Indian journal of veterinary science and animal husbandry - Volumes 26-27, 1956-1957
Year: 1956
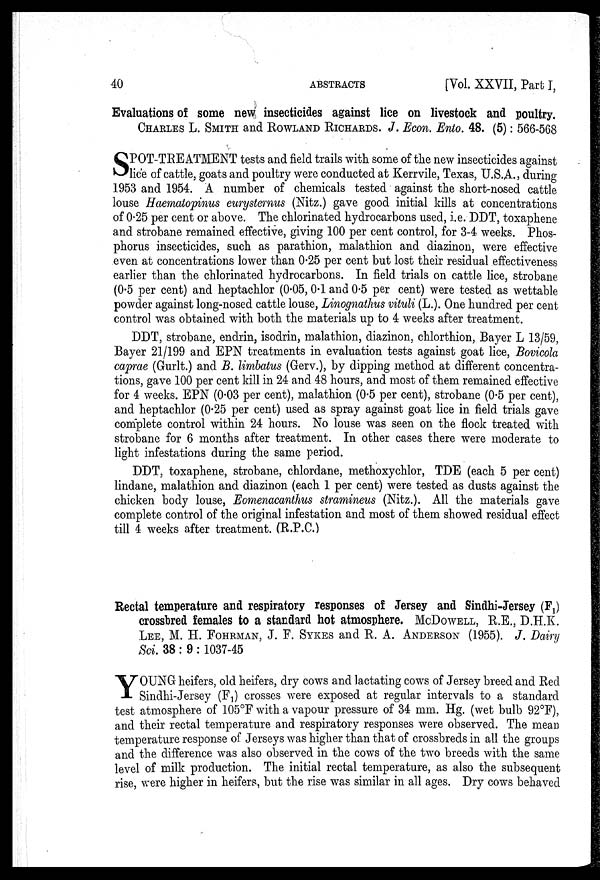
40
ABSTRACTS
[Vol. XXVII, Part I,
Evaluations of some new insecticides against lice on livestock and poultry.
CHARLES L. SMITH and ROWLAND RICHARDS. J. Econ. Ento. 48. (5): 566-568
S POT-TREATMENT tests and field trails with some of the new insecticides against
lice of cattle, goats and poultry were conducted at Kerrvile, Texas, U.S.A., during
1953 and 1954. A number of chemicals tested against the short-nosed cattle
louse Haematopinus eurystenus (Nitz.) gave good initial kills at concentrations
of 0.25 per cent or above. The chlorinated hydrocarbons used, i.e. DDT, toxaphene
and strobane remained effective, giving 100 per cent control, for 3-4 weeks. Phos-
phorus insecticides, such as parathion, malathion and diazinon, were effective
even at concentrations lower than 0.25 per cent but lost their residual effectiveness
earlier than the chlorinated hydrocarbons. In field trials on cattle lice, strobane
0.5 per cent) and heptachlor (0.05, 0.1 and 0.5 per cent) were tested as wettable
powder against long-nosed cattle louse, Linognathus vituli (L.). One hundred per cent
control was obtained with both the materials up to 4 weeks after treatment.
DDT, strobane, endrin, isodrin, malathion, diazinon, chlorthion, Bayer L 13/59,
Bayer 21/199 and EPN treatments in evaluation tests against goat lice, Bovicola
caprae (Gurlt.) and B. limbatus (Gerv.), by dipping method at different concentra-
tions, gave 100 per cent kill in 24 and 48 hours, and most of them remained effective
for 4 weeks. EPN (0.03 per cent), malathion (0.5 per cent), strobane (0.5 per cent),
and heptachlor (0.25 per cent) used as spray against goat lice in field trials gave
complete control within 24 hours. No louse was seen on the flock treated with
strobane for 6 months after treatment. In other cases there were moderate to
light infestations during the same period.
DDT, toxaphene, strobane, chlordane, methoxychlor, TDE (each 5 per cent)
lindane, malathion and diazinon (each 1 per cent) were tested as dusts against the
chicken body louse, Eomenacanthus stramineus (Nitz.). All the materials gave
complete control of the original infestation and most of them showed residual effect
till 4 weeks after treatment. (R.P.C.)
Rectal temperature and respiratory responses of Jersey and Sindhi-Jersey (F 1 )
crossbred females to a standard hot atmosphere. MCDOWELL, R.E., D.H.K.
LEE, M. H. FOHRMAN, J. P. SYKES and R. A. ANDERSON (1955). J. Dairy
Sci. 38 : 9 : 1037-45
Y OUNG heifers, old heifers, dry cows and lactating cows of Jersey breed and Red
Sindhi-Jersey (F 1 ) crosses were exposed at regular intervals to a standard
test atmosphere of 105°F with a vapour pressure of 34 mm. Hg. (wet bulb 92°F),
and their rectal temperature and respiratory responses were observed. The mean
temperature response of Jerseys was higher than that of crossbreds in all the groups
and the difference was also observed in the cows of the two breeds with the same
level of milk production. The initial rectal temperature, as also the subsequent
rise, were higher in heifers, but the rise was similar in all ages. Dry cows behaved